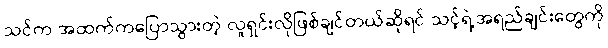
သင်က အထက်ကပြောသွားတဲ့ လူရှင်းလိုဖြစ်ချင်တယ်ဆိုရင် သင့်ရဲ့အရည်ချင်းတွေကို